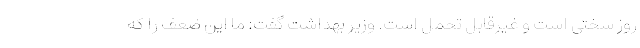
روز سختی است و غیرقابل تحمل است. وزیر بهداشت گفت: ما این ضعف را که